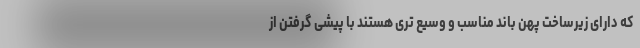
که دارای زیرساخت پهن باند مناسب و وسیع تری هستند با پیشی گرفتن از